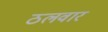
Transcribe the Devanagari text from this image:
ठलवार